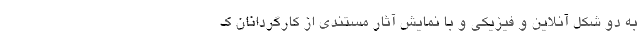
به دو ‌شکل آنلاین و فیزیکی و با نمايش آثار مستندی از کارگردانان ک